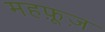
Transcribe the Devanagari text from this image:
महफ़ूज़